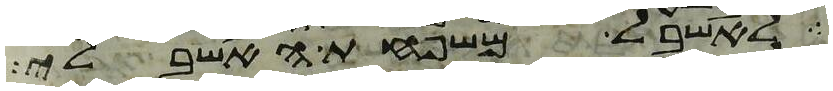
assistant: לאשבל משפחת האשבלי